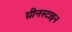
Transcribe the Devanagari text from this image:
ग्रीनस्टाइन